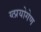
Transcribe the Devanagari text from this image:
य्त्प्रयोगेण